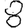
Digit: 8